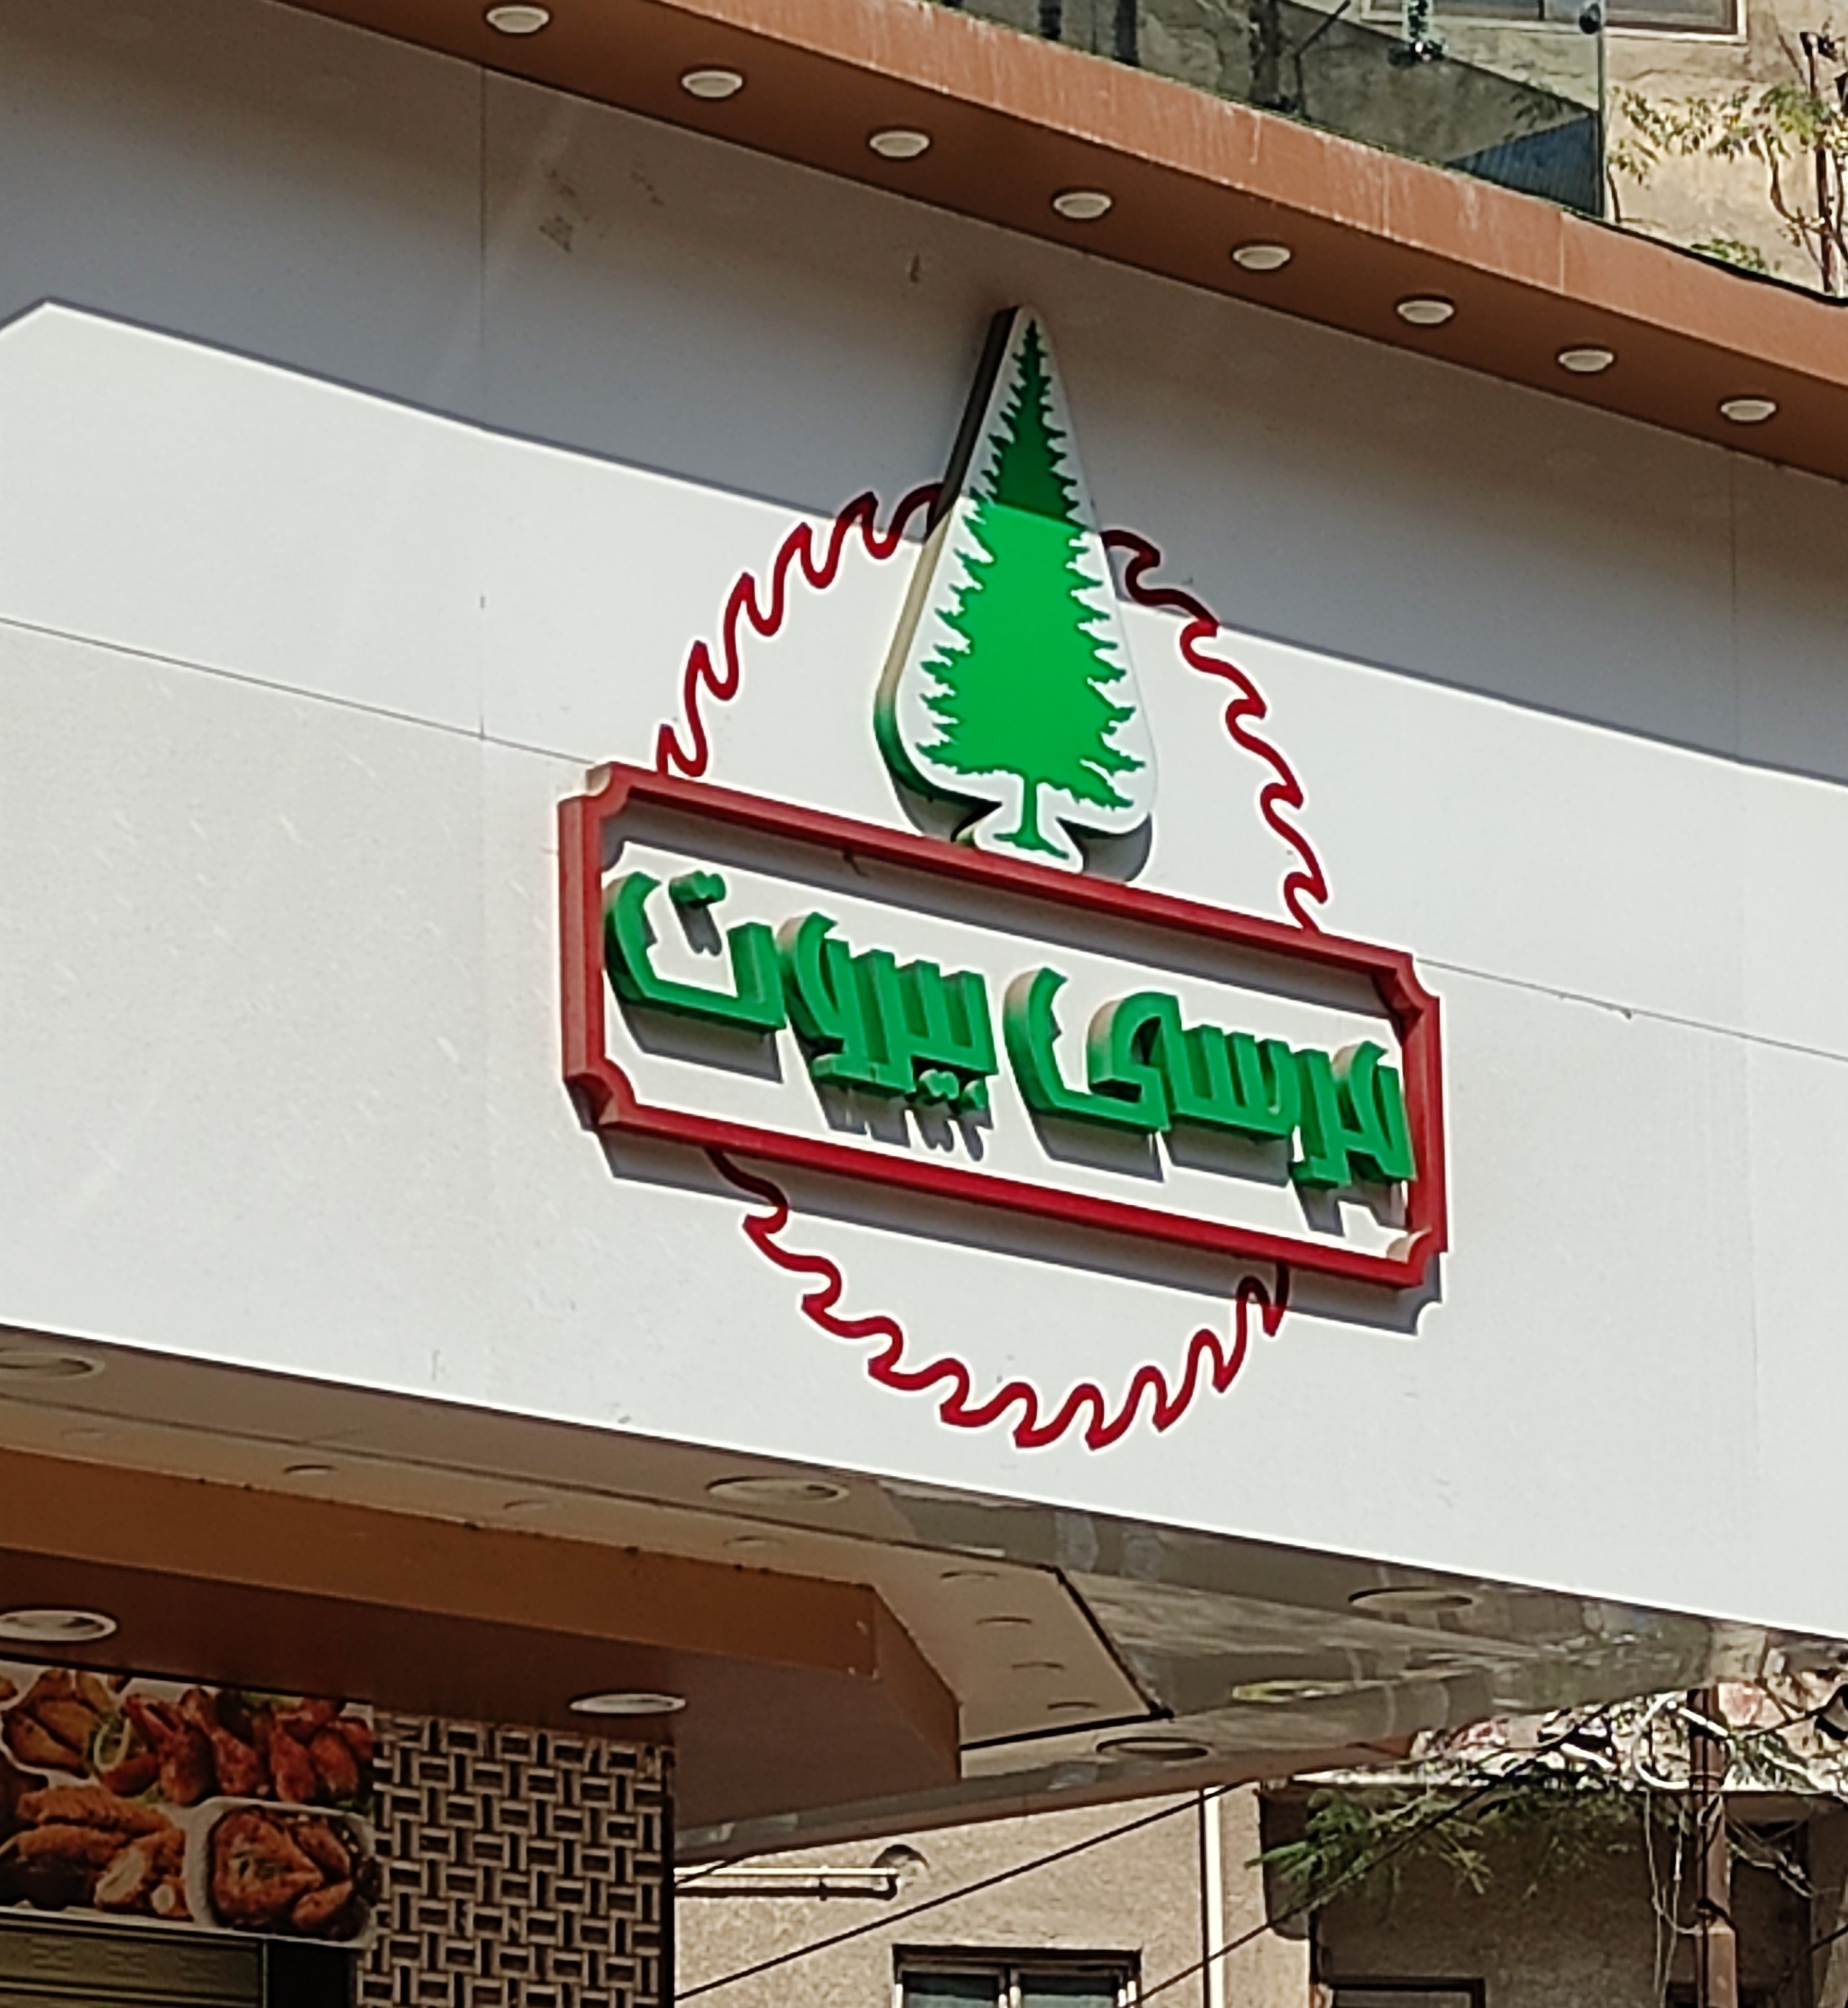
Text in image: بيروت مرسى